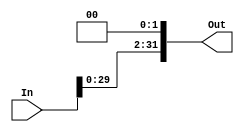


module Shift_Left_2(
    input [31:0] In,
    output reg [31:0] Out
    );

always @(In)
	begin

		 Out= In << 2;

	end
endmodule